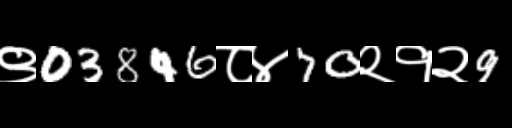
Text: ९03846८४70२१२9